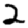
Digit: 2